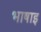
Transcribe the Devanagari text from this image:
भाषाइ